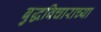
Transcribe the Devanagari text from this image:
बुद्धविचाराच्या